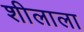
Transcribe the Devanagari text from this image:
शीलाला